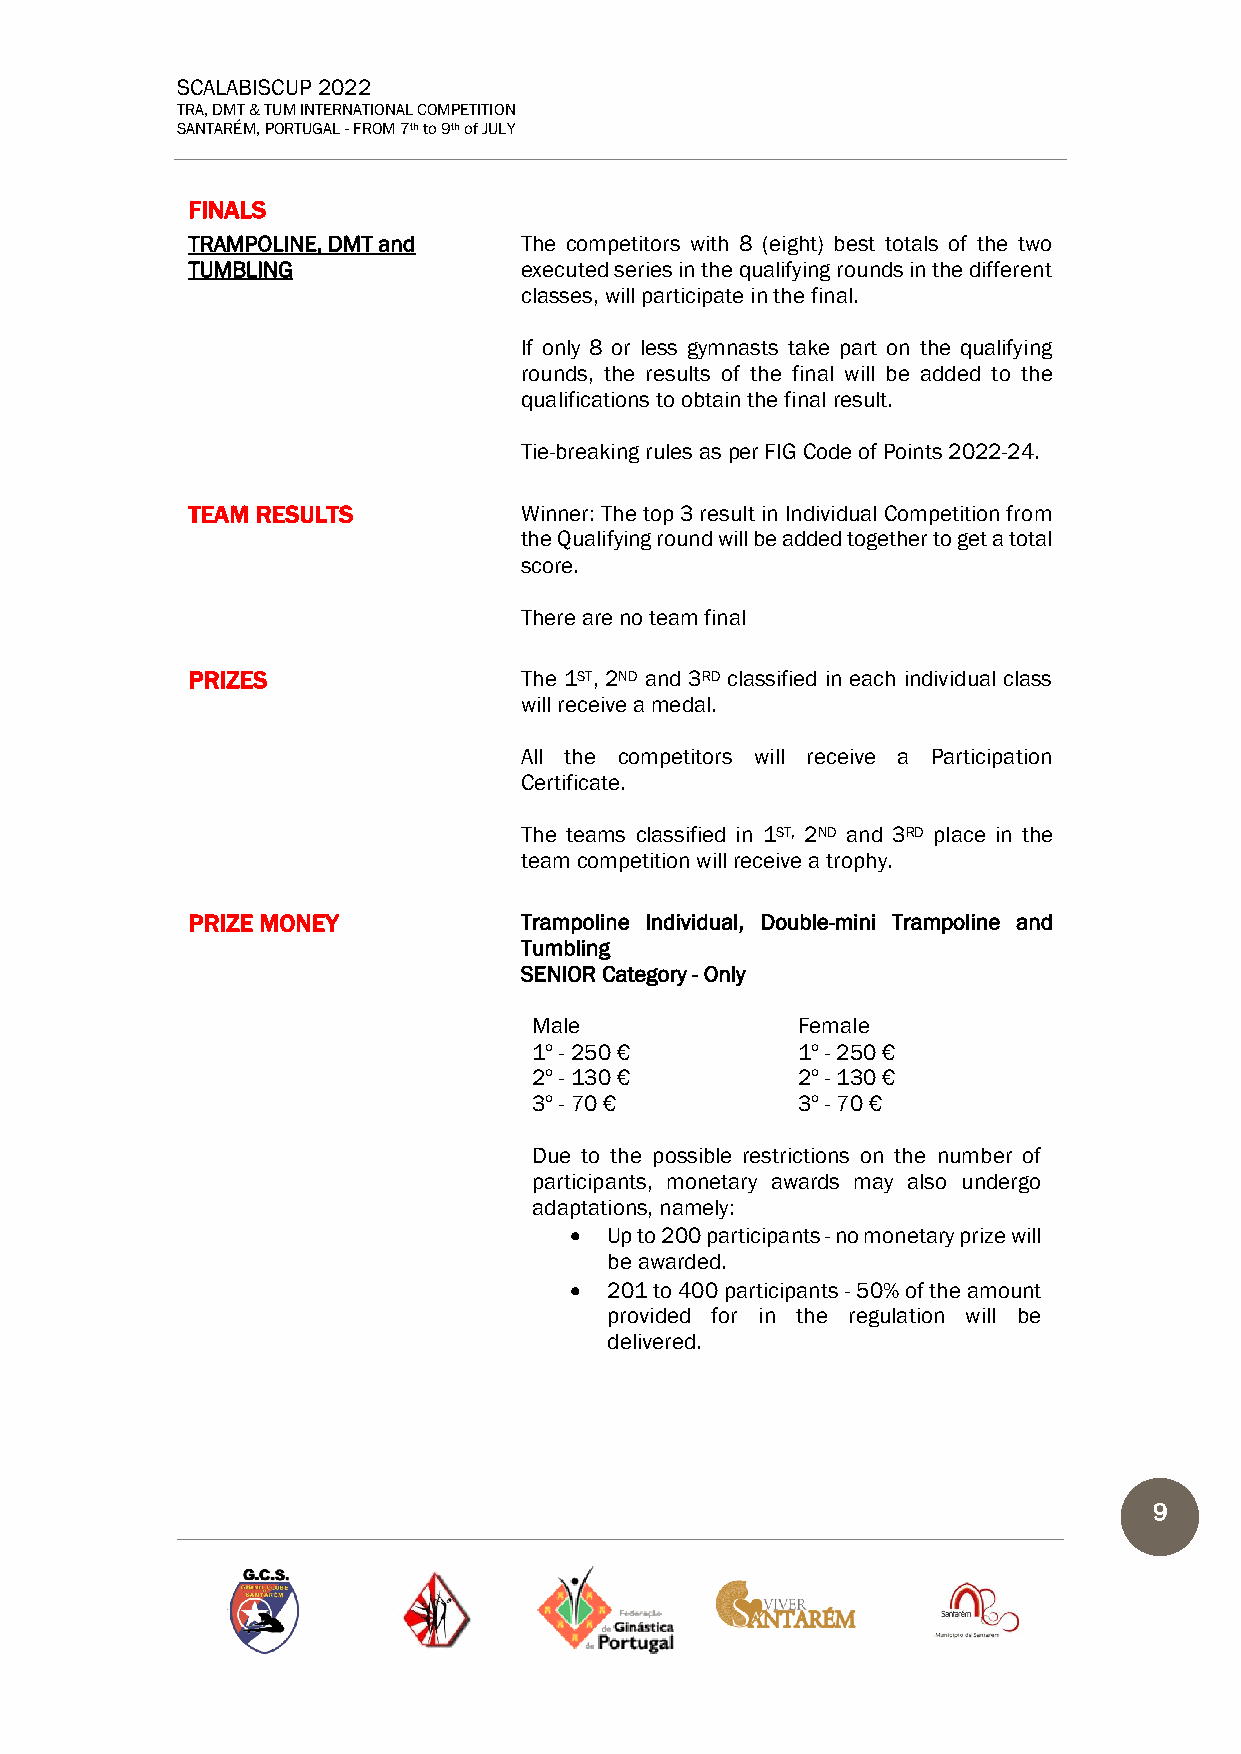
SCALABISCUP 2022
 TRA, DMT & TUM INTERNATIONAL COMPETITION
 SANTARÉM, PORTUGAL - FROM 7th to 9th of JULY
 FINALS
 TRAMPOLINE, DMT and   The competitors with 8 (eight) best totals of the two
 TUMBLING              executed series in the qualifying rounds in the different
 classes, will participate in the final.
 If only 8 or less gymnasts take part on the qualifying
 rounds, the results of the final will be added to the
 qualifications to obtain the final result.
 Tie-breaking rules as per FIG Code of Points 2022-24.
 TEAM RESULTS          Winner: The top 3 result in Individual Competition from
 the Qualifying round will be added together to get a total
 score.
 There are no team final
 PRIZES                The 1ST, 2ND and 3RD classified in each individual class
 will receive a medal.
 All the competitors will receive a Participation
 Certificate.
 The teams classified in 1ST, 2ND and 3RD place in the
 team competition will receive a trophy.
 PRIZE MONEY           Trampoline Individual, Double-mini Trampoline and
 Tumbling
 SENIOR Category - Only
 Male              Female
 1º - 250 €        1º - 250 €
 2º - 130 €        2º - 130 €
 3º - 70 €         3º - 70 €
 Due to the possible restrictions on the number of
 participants, monetary awards may also undergo
 adaptations, namely:
 • Up to 200 participants - no monetary prize will
 be awarded.
 • 201 to 400 participants - 50% of the amount
 provided for in the regulation will be
 delivered.
 9